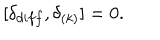
LaTeX: [ \delta _ { d i f f } , \delta _ { ( k ) } ] = 0 .